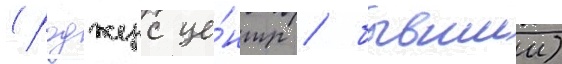
(роджерс це́нтр / бывшии)